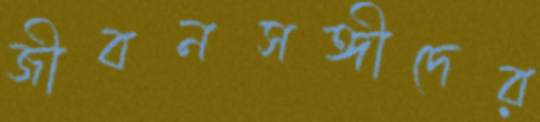
জীবনসঙ্গীদের